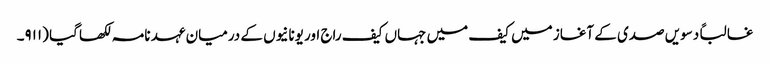
غالباً دسویں صدی کے آغاز میں کیف میں جہاں کیف راج اور یونانیوں کے درمیان عہد نامہ لکھا گیا (۹۱۱۔